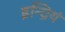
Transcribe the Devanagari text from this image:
इन्द्रियं